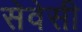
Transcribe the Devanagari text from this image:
सेवेसी